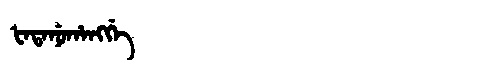
Manchu: ᡶᠠᡨᠠᠨᡠᡥᠠᠩᡤᡝ
Romanization: FATANUHANGGE